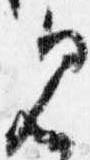
見